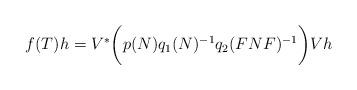
LaTeX: \begin{align*}f(T)h=V^*\bigg(p(N)q_1(N)^{-1}q_2(FNF)^{-1}\bigg)Vh\end{align*}